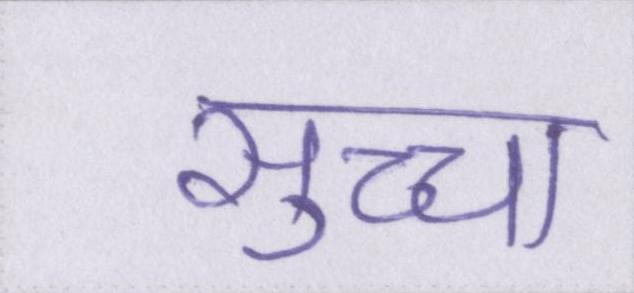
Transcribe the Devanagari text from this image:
सुच्चा